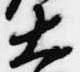
大